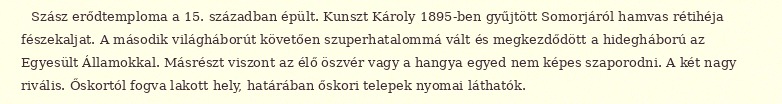
Szász erődtemploma a 15. században épült. Kunszt Károly 1895-ben gyűjtött Somorjáról hamvas rétihéja fészekaljat. A második világháborút követően szuperhatalommá vált és megkezdődött a hidegháború az Egyesült Államokkal. Másrészt viszont az élő öszvér vagy a hangya egyed nem képes szaporodni. A két nagy rivális. Őskortól fogva lakott hely, határában őskori telepek nyomai láthatók.